Vaccination in Bombay 1902-1912 - 1902-1912
Year: 1902
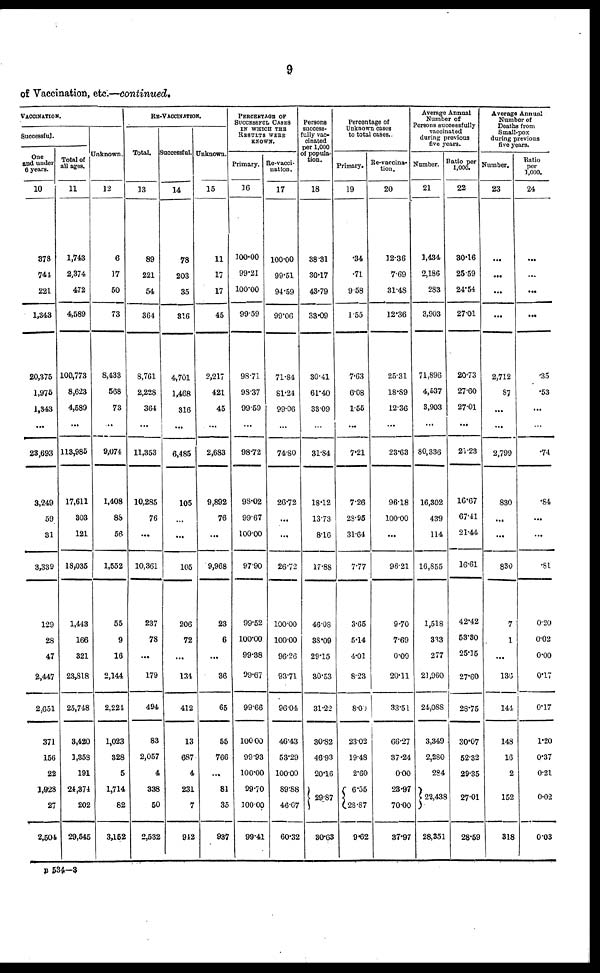
9
of Vaccination, etc.—continued.
VACCINATION.
Successful.
One
and under
6 years.
10
378
744
221
1,343
20,375
1,975
1,343
...
23,693
3,249
59
31
3,339
129
28
47
2,447
2,651
371
156
22
1,028
27
2,504
Total of
all ages.
11
1,743
2,374
472
4,589
100,773
8,623
4,589
...
113,985
17,611
303
121
18,035
1,443
166
321
23,818
25,748
3,420
1,358
191
24,374
202
29,545
Unknown.
12
6
17
50
73
8,433
568
73
...
9,074
1,408
88
56
1,552
55
9
16
2,144
2,224
1,023
328
5
1,714
82
3,152
RE-VACCINATION.
Total.
13
89
221
54
364
8,761
2,228
364
...
11,353
10,285
76
...
10,361
237
78
...
179
494
83
2,057
4
338
50
2,532
Successful.
14
78
203
35
316
4,701
1,468
316
...
6,485
105
...
...
105
206
72
...
134
412
13
687
4
231
7
912
Unknown.
15
11
17
17
45
2,217
421
45
...
2,683
9,892
76
...
9,968
23
6
...
36
65
55
766
...
81
35
937
PERCENTAGE OF
SUCCESSFUL CASES
IN WHICH THE
RESULTS WERE
KNOWN.
Primary.
16
100.00
99.21
100.00
99.59
98.71
98.37
99.59
...
98.72
98.02
99.67
100.00
97.90
99.52
100.00
99.38
99.67
99.66
100.00
99.93
100.00
99.70
10000
99.41
Re-vacci-
nation.
17
100.00
99.51
94.59
99.06
71.84
81.24
99.06
...
74.80
26.72
...
...
26.72
100.00
100.00
96.26
93.71
96.04
46.43
53.29
10000
89.88
46.G7
60.32
Persons
success-
fully vac-
cinated
per 1,000
of popula-
tion.
18
38.31
30.17
43.79
33.09
30.41
61.40
33.09
...
31.84
18.12
13.73
8.16
17.88
46.08
38.09
29.15
30.53
31.22
30.82
46.93
20.16
29.87
30.63
Percentage of
Unknown cases
to total cases.
Primary.
19
.34
.71
9 58
1.55
7.63
6.08
1.55
...
7.21
7.26
23.95
31.64
7.77
3.65
5.14
4.01
8.23
8.00
23.02
19.48
2.60
6.55
28.87
9.62
Re-vaccina¬
tion.
20
12.36
7.69
31.48
12.36
25.31
18.89
12.36
...
23.63
96.18
100.00
...
96.21
9.70
7.69
0.00
20.11
33.51
66.27
37.24
0.00
23.97
70.00
37.97
Average Annual
Number of
Persons successfully
vaccinated
during previous
five years.
Number.
21
1,434
2,186
283
3,903
71,896
4,537
3,903
...
80,336
16,302
439
114
16,855
1,518
333
277
21,960
24,088
3,349
2,280
284
22,438
28,351
Ratio per
1,000.
22
30.16
25.59
24.54
27.01
20.73
27.60
27.01
...
21.23
16.67
67.41
21.44
16.61
42.42
53.80
25.15
27.60
28.75
30.07
52.32
29.35
27.01
28.59
Average Annual
Number of
Deaths from
Small-pox
during previous
five years.
Number.
23
...
...
...
...
2,712
87
...
...
2,799
830
...
...
830
7
1
...
136
144
148
16
2
152
318
Ratio
per
1,000.
24
...
...
. ..
...
.35
.53
...
.74
.84
...
...
.81
0.20
0.02
0.00
0.17
0.17
1.20
0.37
0.21
0.02
0.03
B 534—3